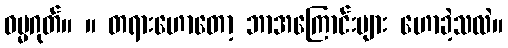
ဓမ္မဂုတ်။ ။ တရားဟောတော့ ဘာအကြောင်းများ ဟောခဲ့သလဲ။